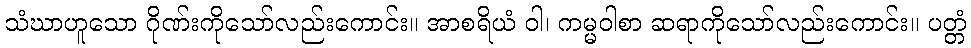
သံဃာဟူသော ဂိုဏ်းကိုသော်လည်းကောင်း။ အာစရိယံ ဝါ၊ ကမ္မဝါစာ ဆရာကိုသော်လည်းကောင်း။ ပတ္တံ